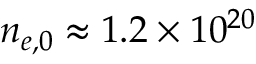
n _ { e , 0 } \approx 1 . 2 \times 1 0 ^ { 2 0 }